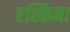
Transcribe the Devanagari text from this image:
एस्किमा